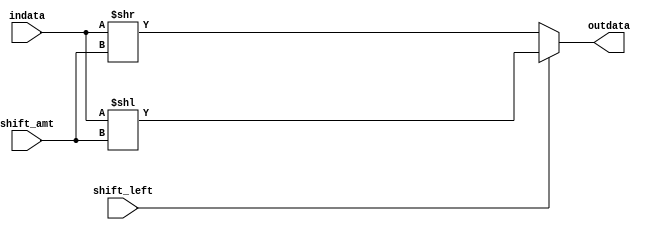
`timescale 1ns / 1ps
//////////////////////////////////////////////////////////////////////////////////
// Company: 
// Engineer: 
// 
// Design Name: 
// Module Name:    Shifter 
// Project Name: 
// Target Devices: 
// Tool versions: 
// Description: 
//
// Dependencies: 
//
// Revision: 
// Revision 0.01 - File Created
// Additional Comments: 
//
//////////////////////////////////////////////////////////////////////////////////
module Shifter(
	indata,
	shift_amt,
	shift_left,
	outdata
    );

input [31:0] indata;
input [1:0] shift_amt;
input shift_left;
output wire [31:0] outdata;

assign outdata = shift_left ? indata<<shift_amt : indata>>shift_amt;

endmodule